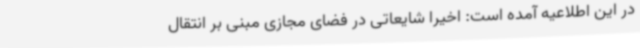
در این اطلاعیه آمده است: اخیرا شایعاتی در فضای مجازی مبنی بر انتقال